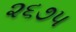
૨૬૭૫